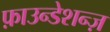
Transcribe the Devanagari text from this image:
फ़ाउन्डेशन्ज़